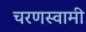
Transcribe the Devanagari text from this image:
चरणस्वामी